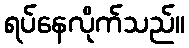
ရပ်နေလိုက်သည်။